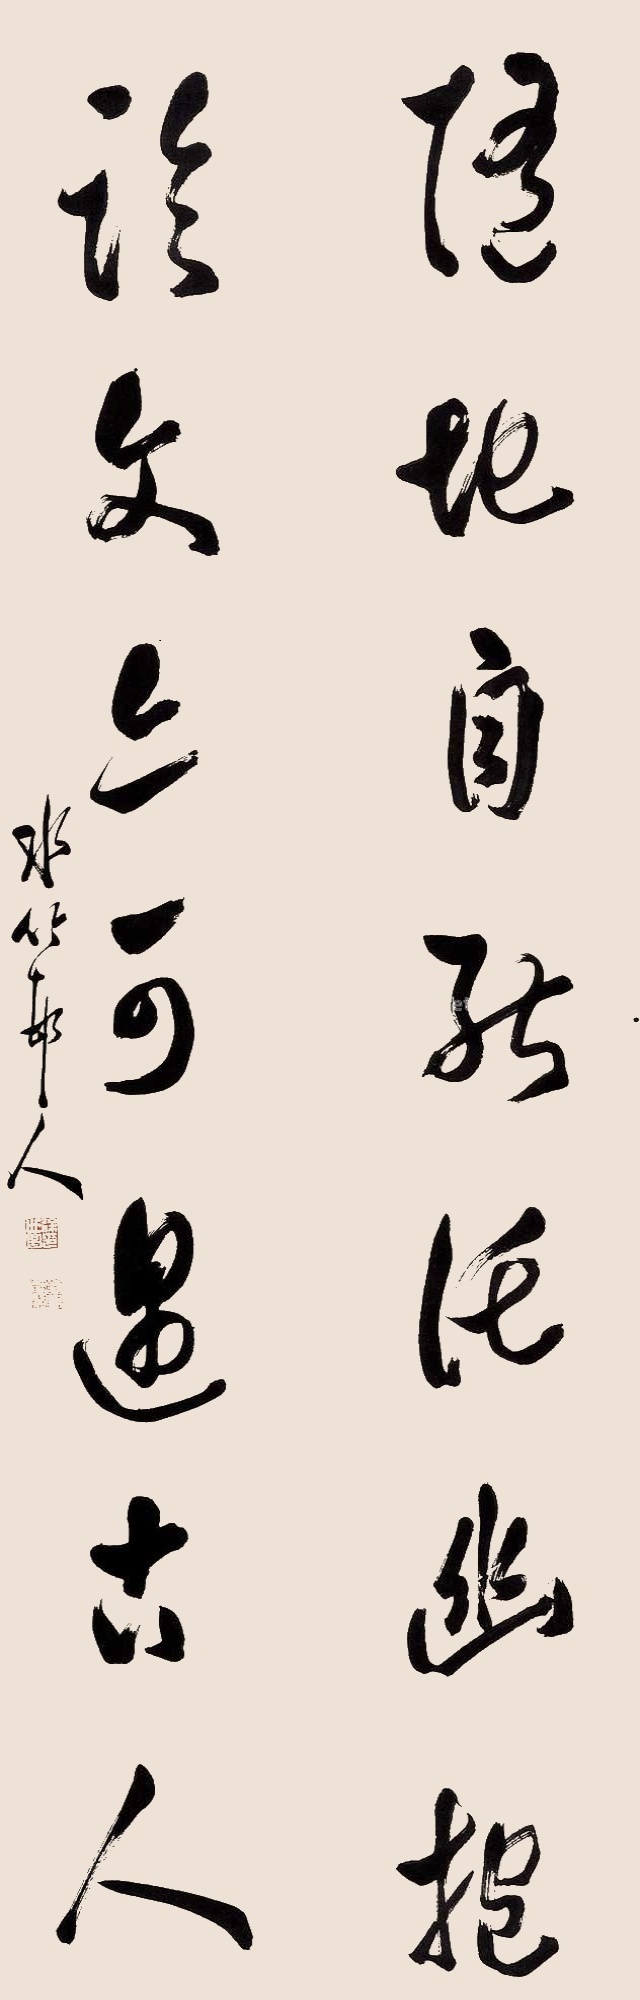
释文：随地自然托幽抱，临文上可遇古人。水竹邨人。